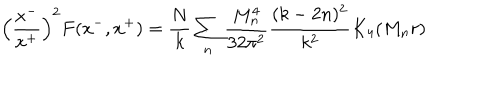
\left( { \frac { x ^ { - } } { x ^ { + } } } \right) ^ { 2 } F ( x ^ { - } , x ^ { + } ) = { \frac { N } { k } } \sum _ { n } { \frac { M _ { n } ^ { 4 } } { 3 2 \pi ^ { 2 } } } { \frac { ( k - 2 n ) ^ { 2 } } { k ^ { 2 } } } K _ { 4 } ( M _ { n } r )